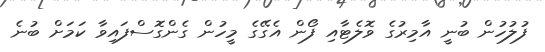
ފުލުހުން ބުނީ އާމިރުގެ ވޮލެޓާއި ފޯން އެގޭގެ މީހުން ގެންގޮސްފައިވާ ކަމަށް ބުނެ